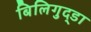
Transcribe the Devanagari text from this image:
बिलिगुद्डा